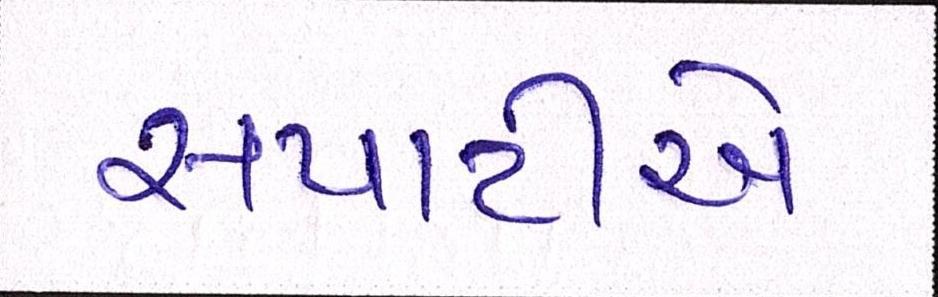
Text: સપાટીએ